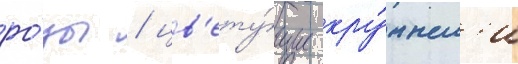
ро́зы / цв'ету́щие кру́пным'и